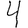
Digit: 4